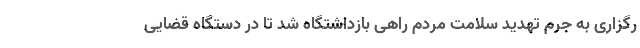
رگزاری به جرم تهدید سلامت مردم راهی بازداشتگاه شد تا در دستگاه قضایی